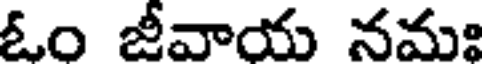
ఓం జీవాయ నమః